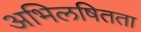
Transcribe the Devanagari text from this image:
अभिलषितता